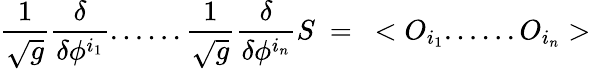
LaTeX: {\frac{1}{\sqrt{g}}}{\frac{\delta}{\delta\phi^{i_{1}}}}......{\frac{1}{\sqrt{g}}}{\frac{\delta}{\delta\phi^{i_{n}}}}S~=~<O_{i_{1}}......O_{i_{n}}>